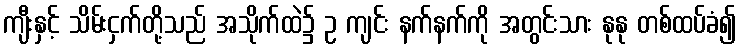
ကျီးနှင့် သိမ်းငှက်တို့သည် အသိုက်ထဲ၌ ဥ ကျင်း နက်နက်ကို အတွင်းသား နုနု တစ်ထပ်ခံ၍